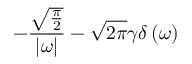
- { \frac { \sqrt { \frac { \pi } { 2 } } } { \left| \omega \right| } } - { \sqrt { 2 \pi } } \gamma \delta \left( \omega \right)